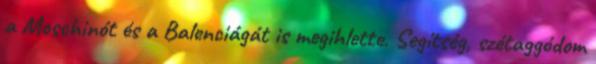
a Moschinót és a Balenciágát is megihlette. Segítség, szétaggódom